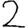
Digit: 2